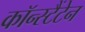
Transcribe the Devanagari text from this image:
कॉन्स्टैंटेन